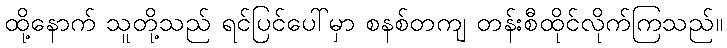
ထို့နောက် သူတို့သည် ရင်ပြင်ပေါ်မှာ စနစ်တကျ တန်းစီထိုင်လိုက်ကြသည်။